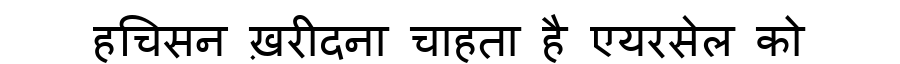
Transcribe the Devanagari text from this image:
हचिसन ख़रीदना चाहता है एयरसेल को